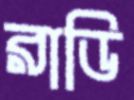
রাডি